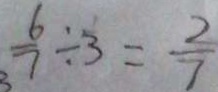
\frac { 6 } { 7 } \div 3 = \frac { 2 } { 7 }